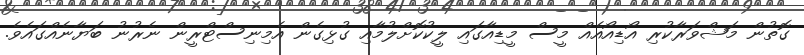
ގޮތުން މަޝްވަރާކުރި އޯޑިއޯއެއް މީސް މީޑިއާގައި ލީކުކޮށްލުމާއި ގުޅިގެން އެމިނިސްޓްރީން ނެރުނު ބަޔާނެއްގައެވެ.